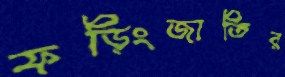
ফড়িংজাতির